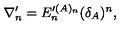
\nabla _ { n } ^ { \prime } = E _ { n } ^ { \prime ( A ) _ { n } } ( \delta _ { A } ) ^ { n } ,